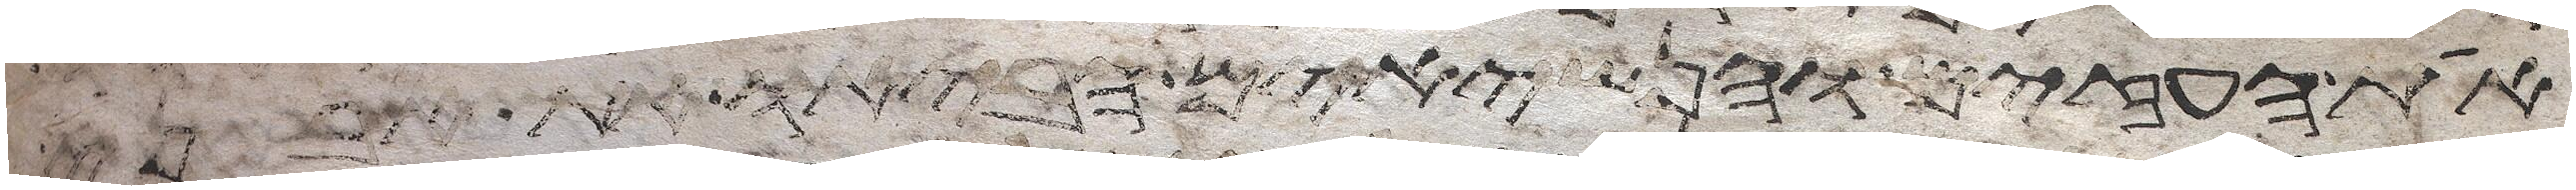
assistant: את העזים והנשיאים הביאו את אבני